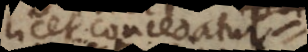
licet concedatur